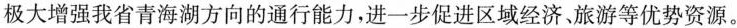
极大增强我省青海湖方向的通行能力，进一步促进区域经济，旅游等优势资源。